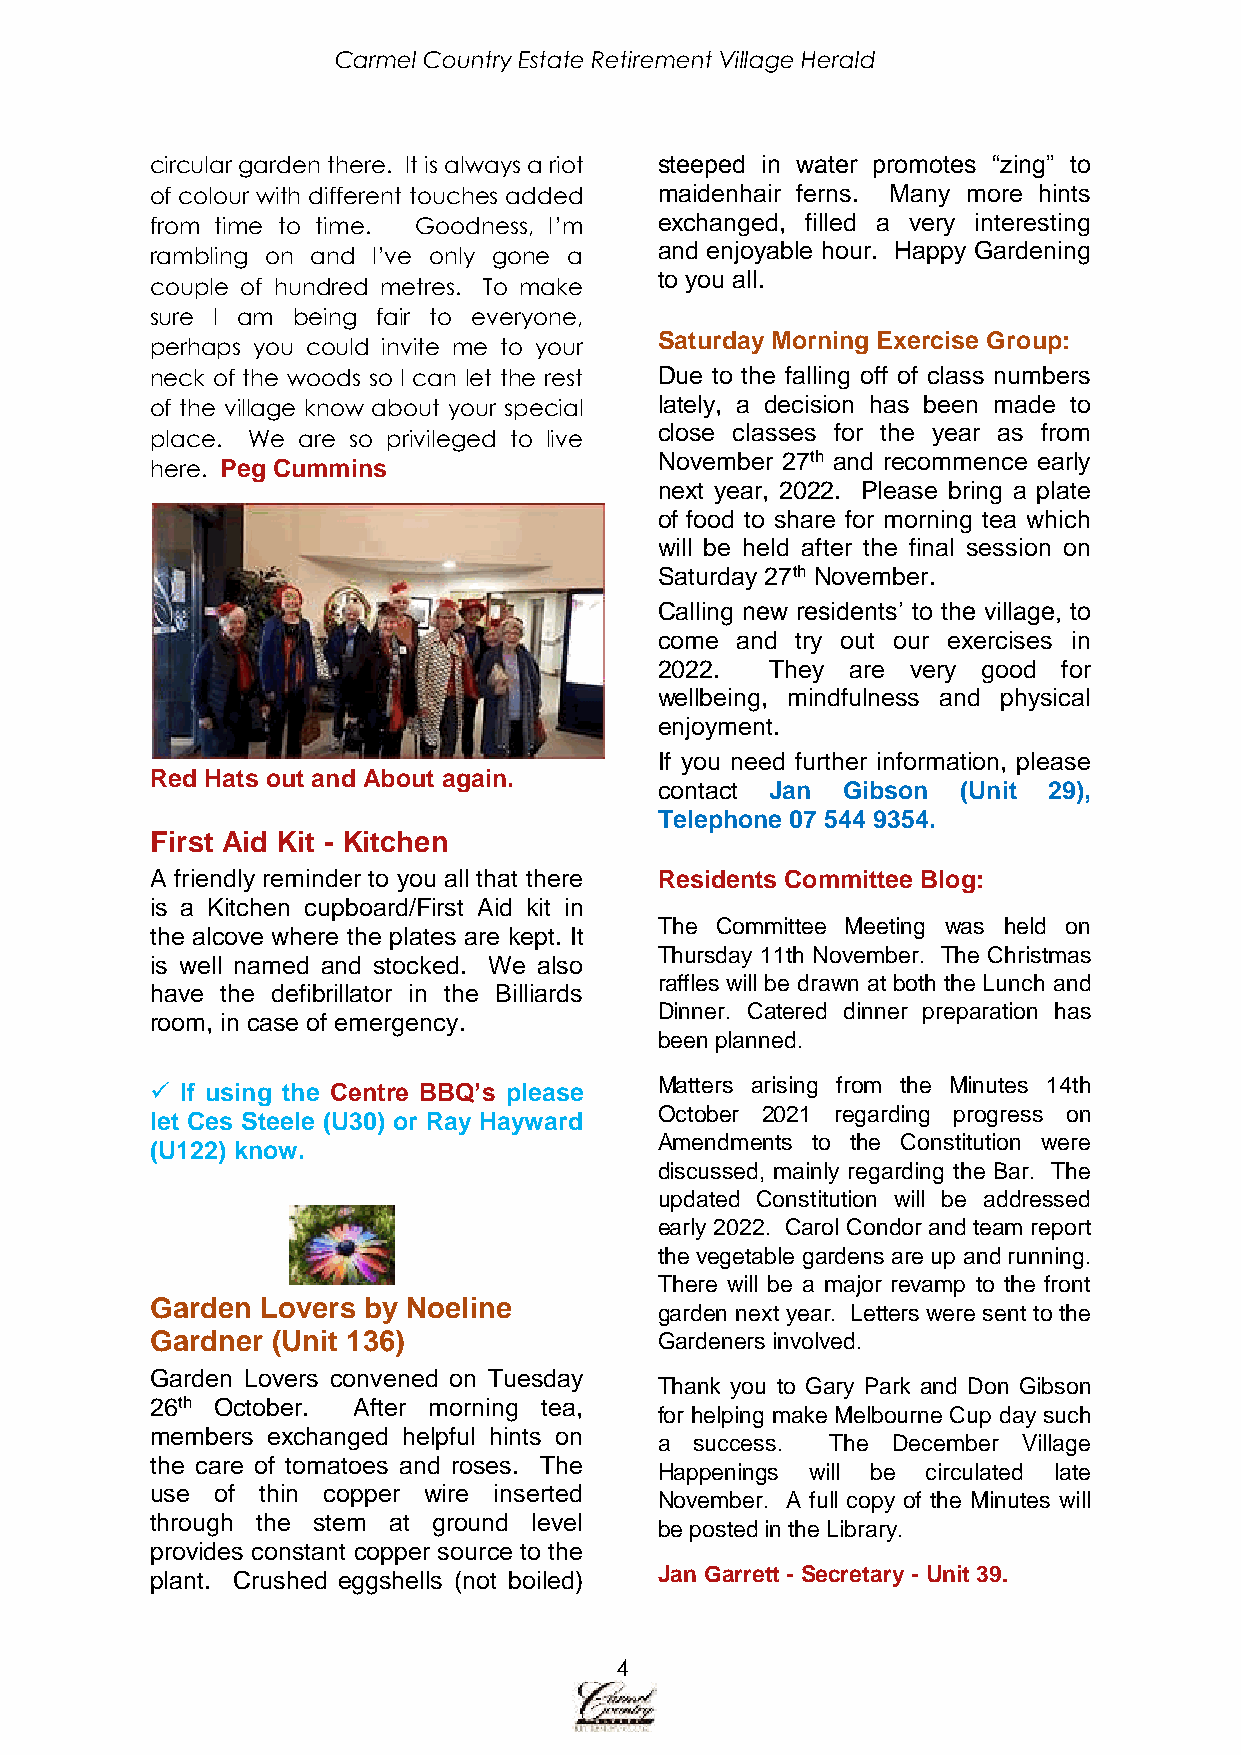
Carmel Country Estate Retirement Village Herald
 circular garden there. It is always a riot steeped in water promotes “zing” to
 of colour with different touches added maidenhair ferns. Many more hints
 from time to time. Goodness, I’m  exchanged, filled a very interesting
 and enjoyable hour. Happy Gardening
 rambling on and I’ve only gone a
 to you all.
 couple of hundred metres. To make
 sure I am being fair to everyone,
 Saturday Morning Exercise Group:
 perhaps you could invite me to your
 neck of the woods so I can let the rest Due to the falling off of class numbers
 of the village know about your special lately, a decision has been made to
 close classes for the year as from
 place. We are so privileged to live
 November 27th and recommence early
 here. Peg Cummins
 next year, 2022. Please bring a plate
 of food to share for morning tea which
 will be held after the final session on
 Saturday 27th November.
 Calling new residents’ to the village, to
 come and try out our exercises in
 2022.  They are very good for
 wellbeing, mindfulness and physical
 enjoyment.
 If you need further information, please
 Red Hats out and About again.
 contact Jan Gibson  (Unit 29),
 Telephone 07 544 9354.
 First Aid Kit - Kitchen
 A friendly reminder to you all that there Residents Committee Blog:
 is a Kitchen cupboard/First Aid kit in
 The Committee Meeting was held on
 the alcove where the plates are kept. It
 Thursday 11th November. The Christmas
 is well named and stocked. We also
 raffles will be drawn at both the Lunch and
 have the defibrillator in the Billiards
 Dinner. Catered dinner preparation has
 room, in case of emergency.
 been planned.
 Matters arising from the Minutes 14th
  If using the Centre BBQ’s please
 October 2021 regarding progress on
 let Ces Steele (U30) or Ray Hayward
 Amendments to the Constitution were
 (U122) know.
 discussed, mainly regarding the Bar. The
 updated Constitution will be addressed
 early 2022. Carol Condor and team report
 the vegetable gardens are up and running.
 There will be a major revamp to the front
 Garden Lovers by Noeline
 garden next year. Letters were sent to the
 Gardner (Unit 136)                Gardeners involved.
 Garden Lovers convened on Tuesday
 Thank you to Gary Park and Don Gibson
 26th October. After morning tea,
 for helping make Melbourne Cup day such
 members exchanged helpful hints on
 a success. The December Village
 the care of tomatoes and roses. The
 Happenings will be circulated late
 use of thin copper wire inserted
 November. A full copy of the Minutes will
 through the stem at ground level
 be posted in the Library.
 provides constant copper source to the
 plant. Crushed eggshells (not boiled) Jan Garrett - Secretary - Unit 39.
 4